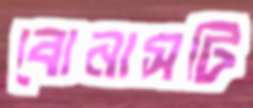
বোনাসটি